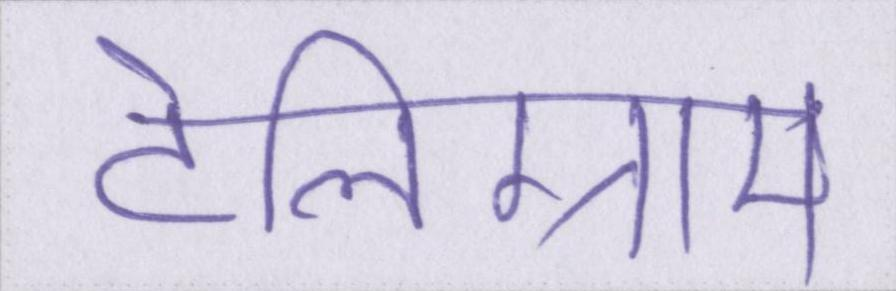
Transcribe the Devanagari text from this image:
टेलिग्राम